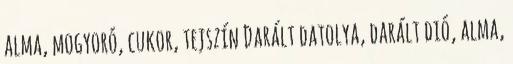
alma, mogyoró, cukor, tejszín Darált datolya, darált dió, alma,